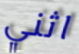
اثني